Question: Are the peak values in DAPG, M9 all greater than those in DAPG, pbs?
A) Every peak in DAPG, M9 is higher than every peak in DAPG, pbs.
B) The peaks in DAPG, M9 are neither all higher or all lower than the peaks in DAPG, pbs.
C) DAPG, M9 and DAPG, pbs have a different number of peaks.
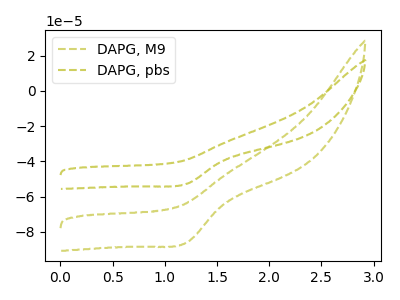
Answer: <think>The olive dashed curve "DAPG, M9" has a cathodic peak at: (1.20V, -85.95uA). The olive dashed curve "DAPG, pbs" has a cathodic peak at: (1.20V, -52.70uA).</think>
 <answer>A) Every peak in "DAPG, M9" is higher than every peak in "DAPG, pbs".</answer>
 <eval>A</eval>